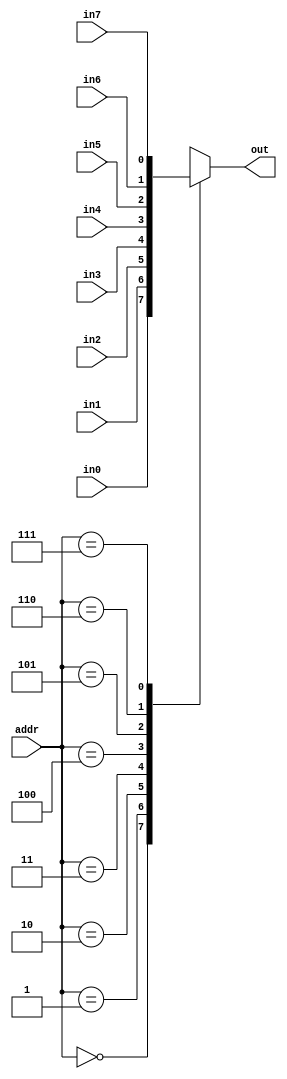
`timescale 1ns / 1ps
//////////////////////////////////////////////////////////////////////////////////
// Company: 
// Engineer: 
// 
// Design Name: 
// Module Name: Selecter
// Project Name: 
// Target Devices: 
// Tool Versions: 
// Description: 
// 
// Dependencies: 
// 
// Revision:
// Revision 0.01 - File Created
// Additional Comments:
// 
//////////////////////////////////////////////////////////////////////////////////


module Selecter(addr,in0,in1,in2,in3,in4,in5,in6,in7,out);
//addr[2],addr[1],addr[0],
input [2:0] addr;
input in0,in1,in2,in3,in4,in5,in6,in7;
//8
output out;
//
reg out;
//regalways
always @(addr or in0 or in1 or in2 or in3 or in4 or in5 or in6 or in7)//addrin0in7
    begin
        case(addr)//caseaddr
            3'b000 : out = in0;//addr0000
            3'b001 : out = in1;
            3'b010 : out = in2;
            3'b011 : out = in3;
            3'b100 : out = in4;
            3'b101 : out = in5;
            3'b110 : out = in6;
            3'b111 : out = in7;
        endcase
    end
endmodule